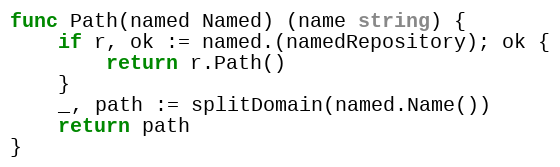
Language: Go
func Path(named Named) (name string) {
	if r, ok := named.(namedRepository); ok {
		return r.Path()
	}
	_, path := splitDomain(named.Name())
	return path
}